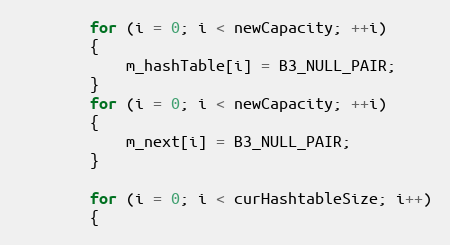
Language: C++
		for (i = 0; i < newCapacity; ++i)
		{
			m_hashTable[i] = B3_NULL_PAIR;
		}
		for (i = 0; i < newCapacity; ++i)
		{
			m_next[i] = B3_NULL_PAIR;
		}

		for (i = 0; i < curHashtableSize; i++)
		{